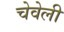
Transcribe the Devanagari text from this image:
चेवेली